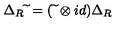
\Delta _ { R } \widetilde { \ } = ( \widetilde { \ } \otimes i d ) \Delta _ { R }